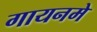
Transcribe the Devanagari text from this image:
गायनमे